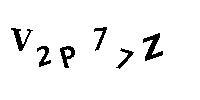
V2P77Z